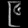
Digit: ၉